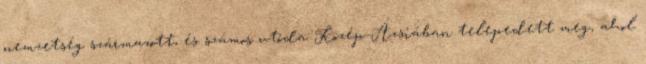
nemzetség származott, és számos utóda Közép-Ázsiában telepedett meg, ahol